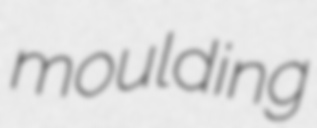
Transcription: moulding